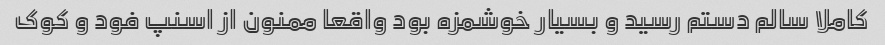
کاملا سالم دستم رسید و بسیار خوشمزه بود واقعا ممنون از اسنپ فود و کوک